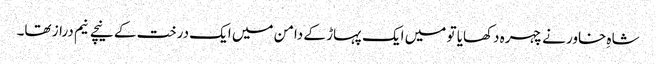
شاہِ خاور نے چہرہ دکھایا تو میں ایک پہاڑ کے دامن میں ایک درخت کے نیچے نیم دراز تھا۔